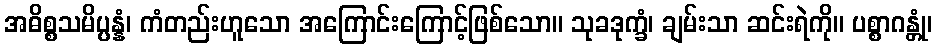
အဓိစ္စသမိပ္ပန္နံ၊ ကံတည်းဟူသော အကြောင်းကြောင့်ဖြစ်သော။ သုခဒုက္ခံ၊ ချမ်းသာ ဆင်းရဲကို။ ပစ္စာဂန္တုံ၊